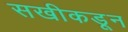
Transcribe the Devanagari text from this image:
सखीकडून